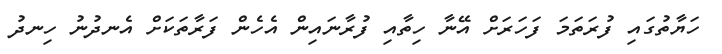
ހަޔާތުގައި ފުރަތަަމަ ފަހަރަށް އޭނާ ހިތާއި ފުރާނައިން އެހެން ފަރާތަކަށް އެނދުނު ހިނދު